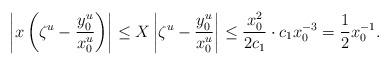
LaTeX: \begin{align*} \left\vert x\left(\zeta^{u}-\frac{y_{0}^{u}}{x_{0}^{u}} \right)\right\vert\leq X\left\vert\zeta^{u}-\frac{y_{0}^{u}}{x_{0}^{u}} \right\vert\leq \frac{x_{0}^{2}}{2c_{1}}\cdot c_{1} x_{0}^{-3}= \frac{1}{2}x_{0}^{-1}.\end{align*}